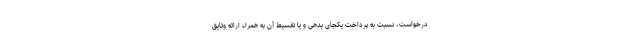
درخواست، نسبت به پرداخت یکجای بدهی و یا تقسیط آن به همراه ارائه وثایق